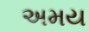
અમય